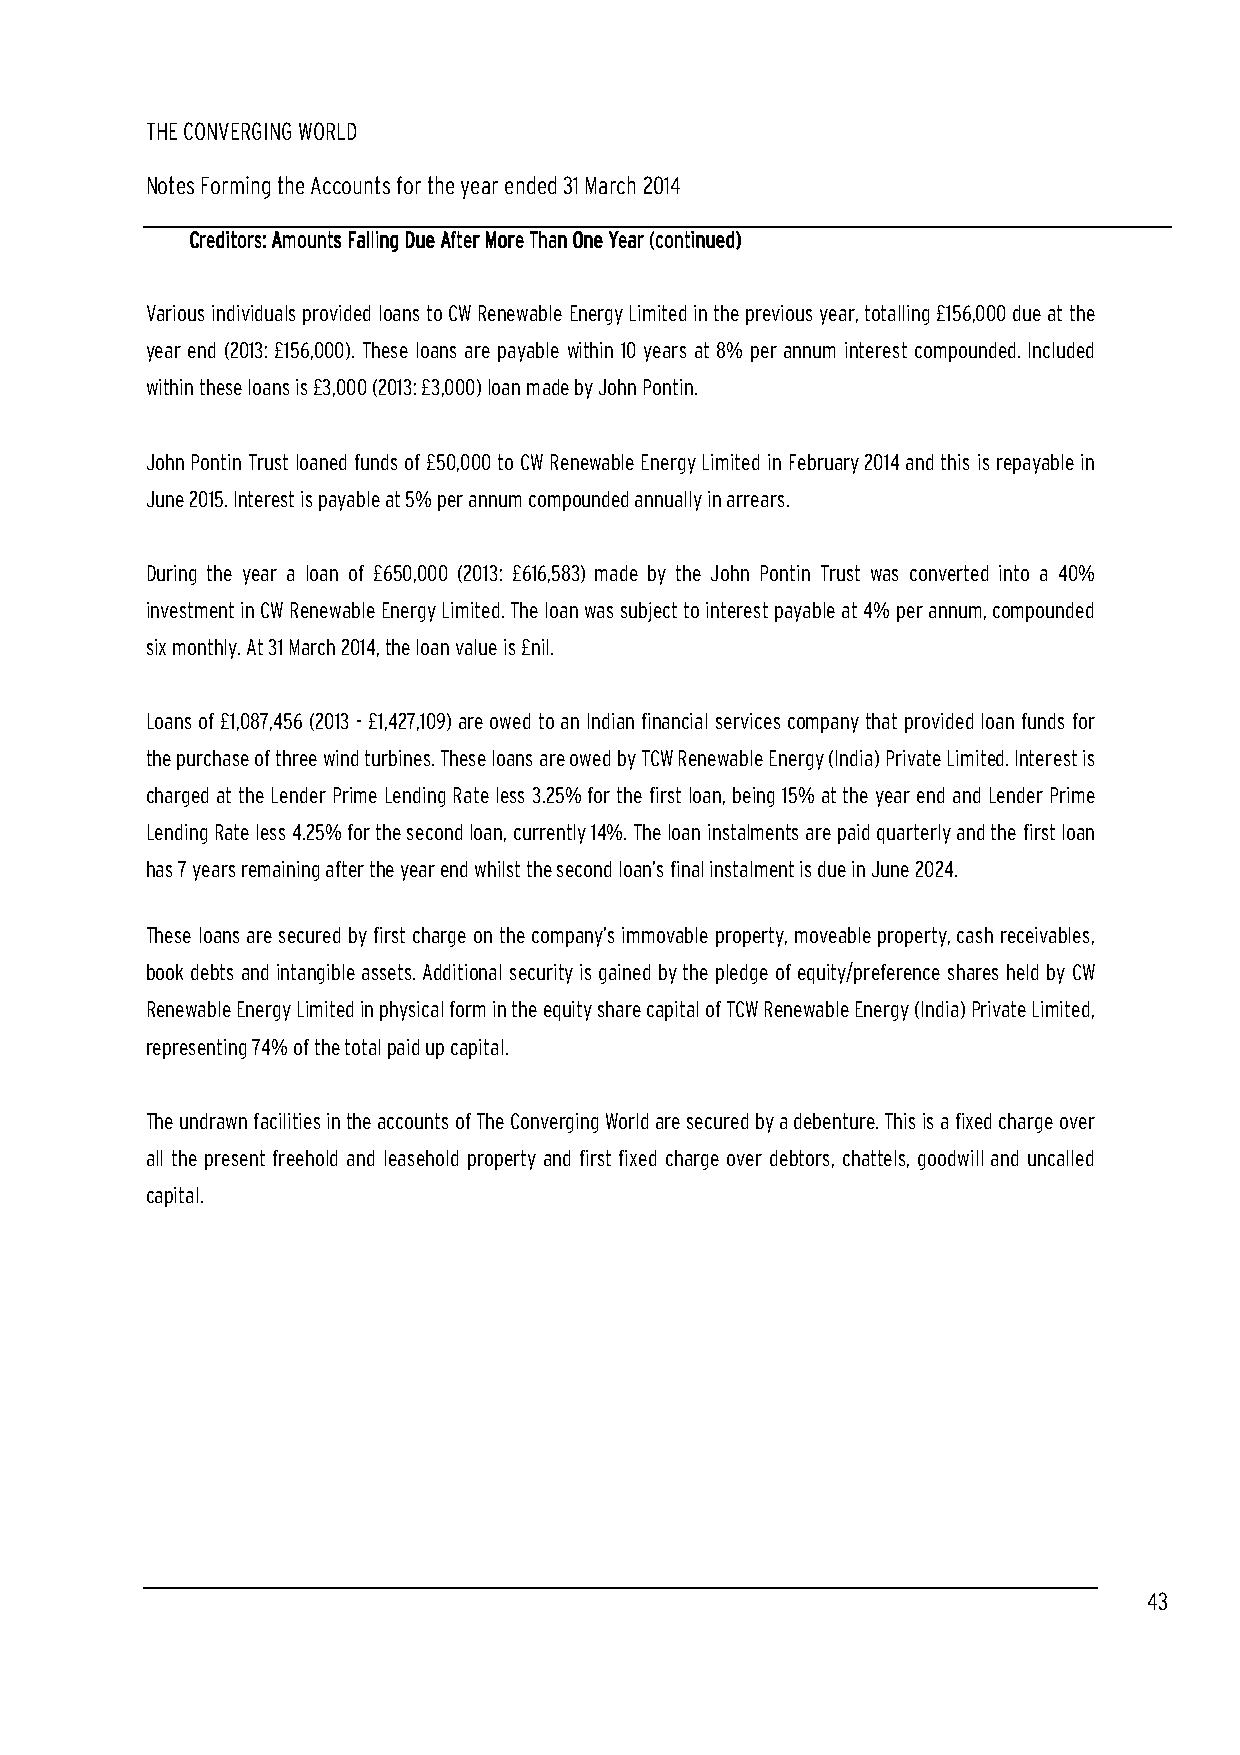
THE CONVERGING WORLD
 Notes Forming the Accounts for the year ended 31 March 2014
 CCCCrrrreeeeddddiiiittttoooorrrrssss:::: AAAAmmmmoooouuuunnnnttttssss FFFFaaaalllllllliiiinnnngggg DDDDuuuueeee AAAAfffftttteeeerrrr MMMMoooorrrreeee TTTThhhhaaaannnn OOOOnnnneeee YYYYeeeeaaaarrrr ((((ccccoooonnnnttttiiiinnnnuuuueeeedddd))))
 Various individuals provided loans to CW Renewable Energy Limited in the previous year, totalling £156,000 due at the
 year end (2013: £156,000). These loans are payable within 10 years at 8% per annum interest compounded. Included
 within these loans is £3,000 (2013: £3,000) loan made by John Pontin.
 John Pontin Trust loaned funds of £50,000 to CW Renewable Energy Limited in February 2014 and this is repayable in
 June 2015. Interest is payable at 5% per annum compounded annually in arrears.
 During the year a loan of £650,000 (2013: £616,583) made by the John Pontin Trust was converted into a 40%
 investment in CW Renewable Energy Limited. The loan was subject to interest payable at 4% per annum, compounded
 six monthly. At 31 March 2014, the loan value is £nil.
 Loans of £1,087,456 (2013 - £1,427,109) are owed to an Indian financial services company that provided loan funds for
 the purchase of three wind turbines. These loans are owed by TCW Renewable Energy (India) Private Limited. Interest is
 charged at the Lender Prime Lending Rate less 3.25% for the first loan, being 15% at the year end and Lender Prime
 Lending Rate less 4.25% for the second loan, currently 14%. The loan instalments are paid quarterly and the first loan
 has 7 years remaining after the year end whilst the second loan’s final instalment is due in June 2024.
 Th ese loans are secured by first charge on the company’s immovable property, moveable property, cash receivables,
 book debts and intangible assets. Additional security is gained by the pledge of equity/preference shares held by CW
 Renewable Energy Limited in physical form in the equity share capital of TCW Renewable Energy (India) Private Limited,
 representing 74% of the total paid up capital.
 The undrawn facilities in the accounts of The Converging World are secured by a debenture. This is a fixed charge over
 all the present freehold and leasehold property and first fixed charge over debtors, chattels, goodwill and uncalled
 capital.
 43